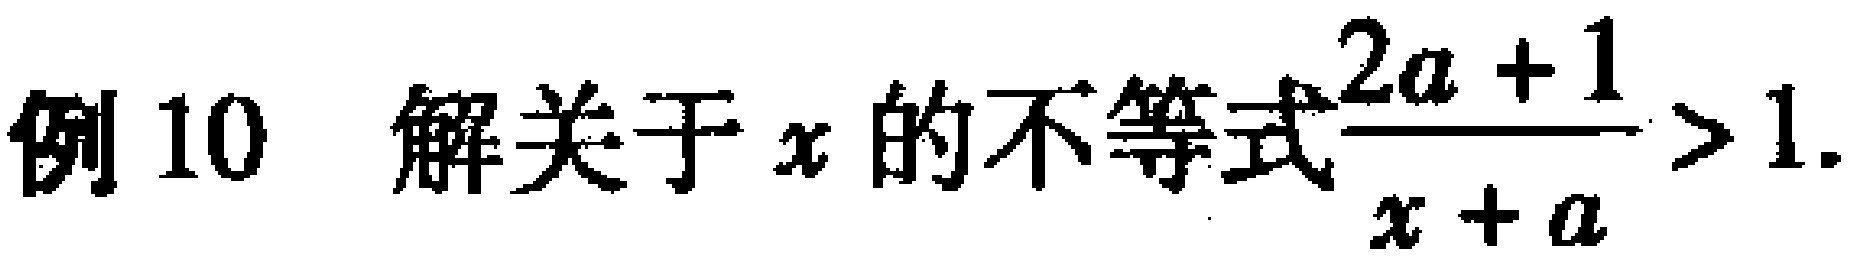
例10 解关于\(x\)的不等式\(\frac{2a + 1}{x + a} > 1\).